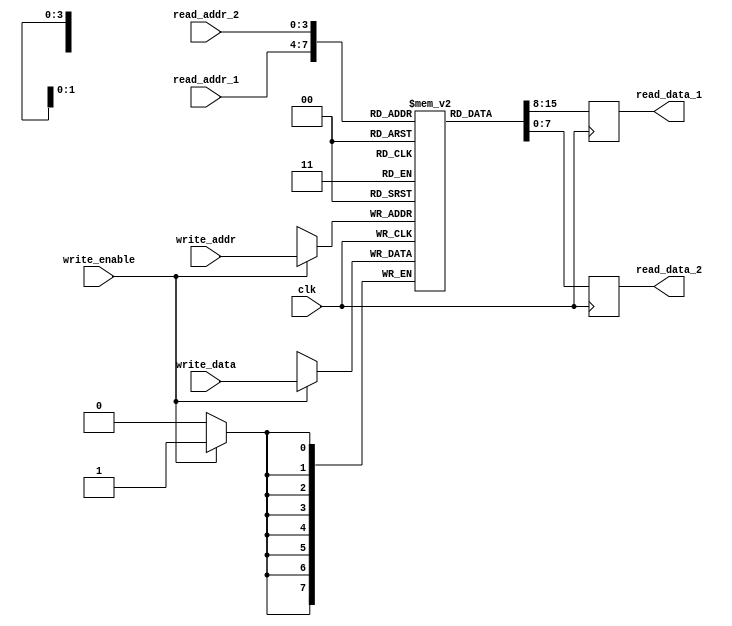
module register_file (
  input wire clk,
  input wire [7:0] write_data,
  input wire [3:0] write_addr,
  input wire write_enable,
  input wire [3:0] read_addr_1,
  input wire [3:0] read_addr_2,
  output reg [7:0] read_data_1,
  output reg [7:0] read_data_2
);

reg [7:0] mem [0:15];

always @(posedge clk) begin
  if (write_enable) begin
    mem[write_addr] <= write_data;
  end
  
  read_data_1 <= mem[read_addr_1];
  read_data_2 <= mem[read_addr_2];
  
end

endmodule